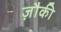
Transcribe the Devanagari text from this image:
ज़ौकी